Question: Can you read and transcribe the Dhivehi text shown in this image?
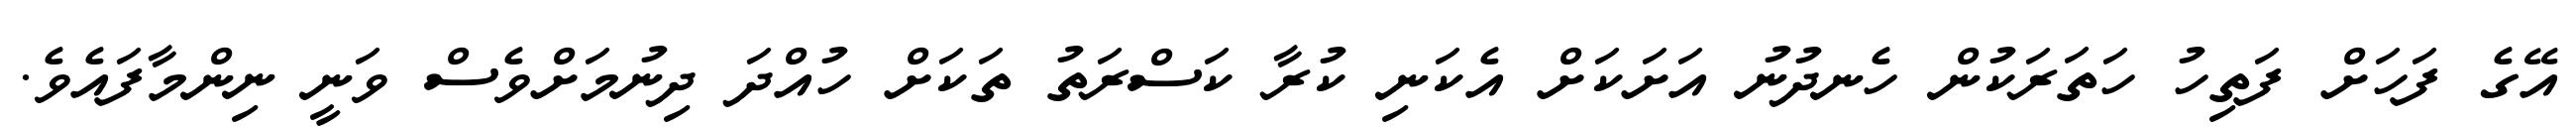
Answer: އޭގެ ފަހަށް ފަތިހު ހަތަރަކުން ހެނދުނު އަށަކަށް އެކަނި ކުރާ ކަސްރަތު ތަކަށް ހުއްދަ ދިނުމަށްވެސް ވަނީ ނިންމާފައެވެ.